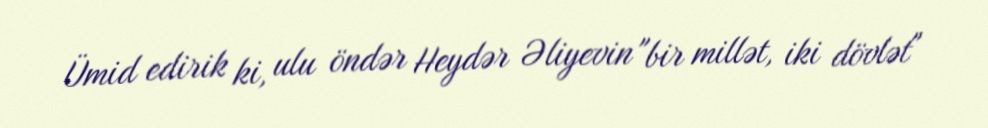
Ümid edirik ki, ulu öndər Heydər Əliyevin "bir millət, iki dövlət"